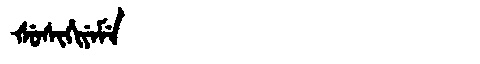
Manchu: ᡧᡠᠰᡳᡥᡳᠶᡝᠮᡝ
Romanization: ŠUSIHIYEME